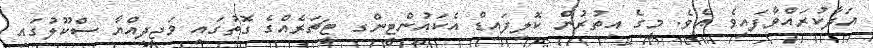
އަދާކުރައްވާފައިވެ އެވެ. މީގެ އިތުރުން ކޮލިފައިޑް އެކައުންޓިންގ ޓީޗަރެއްގެ ގޮތުގައި މަޖީދިއްޔާ ސްކޫލުގައި